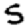
Digit: 5